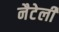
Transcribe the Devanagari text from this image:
नैटेली